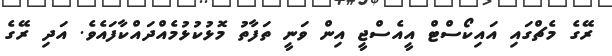
ރޭގެ މެޗްގައި އައިކޯސްޓް އީއެސްޖީ އިން ވަނީ ތަފާތު މޮޅުކުޅުމެއްދައްކާފައެވެ. އަދި ރޭގެ